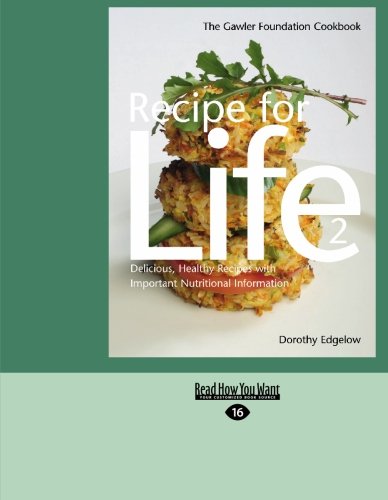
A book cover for RECIPE FOR LIFE 2; DOROTHY EDGELOW; Cookbooks, Food & Wine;